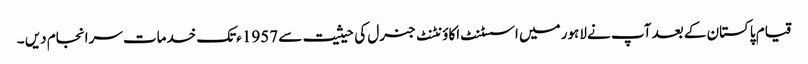
قیام پاکستان کے بعد آپ نے لاہور میں اسسٹنٹ اکاؤنٹنٹ جنرل کی حیثیت سے 1957ءتک خدمات سرانجام دیں ۔